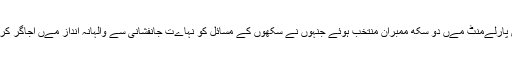
گزشتہ برس برطانوی پارلےمنٹ مےں دو سکھ ممبران منتخب ہوئے جنہوں نے سکھوں کے مسائل کو نہاےت جانفشانی سے والہانہ انداز مےں اجاگر کرنے کی کوشش کےں۔